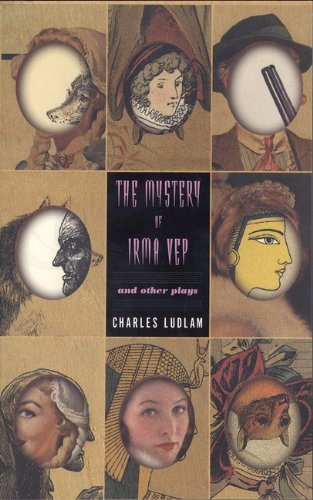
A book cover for The Mystery of Irma Vep and Other Plays; Charles Ludlam; Literature & Fiction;